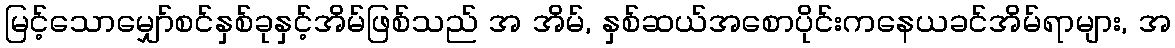
မြင့်သောမျှော်စင်နှစ်ခုနှင့်အိမ်ဖြစ်သည် အ အိမ်, နှစ်ဆယ်အစောပိုင်းကနေယခင်အိမ်ရာများ, အ